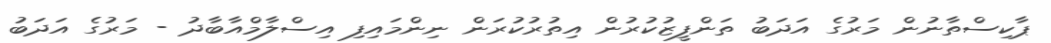
ޕާކިސްތާނުން މަރުގެ އަދަބު ތަންފީޒުކުރުން އިތުރުކުރަން ނިންމައިފި އިސްލާމްއާބާދު - މަރުގެ އަދަބު